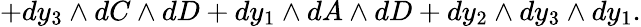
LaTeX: +dy_{3}\wedge dC\wedge dD+dy_{1}\wedge dA\wedge dD+dy_{2}\wedge dy_{3}\wedge dy_{1}.